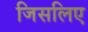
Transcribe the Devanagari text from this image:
जिसलिए